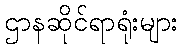
ဌာနဆိုင်ရာရုံးများ